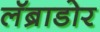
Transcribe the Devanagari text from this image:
लॅब्राडोर